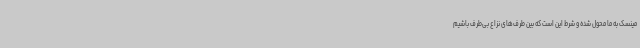
مینسک به ما محول شده و شرط این است که بین طرف‌های نزاع بی‌طرف باشیم